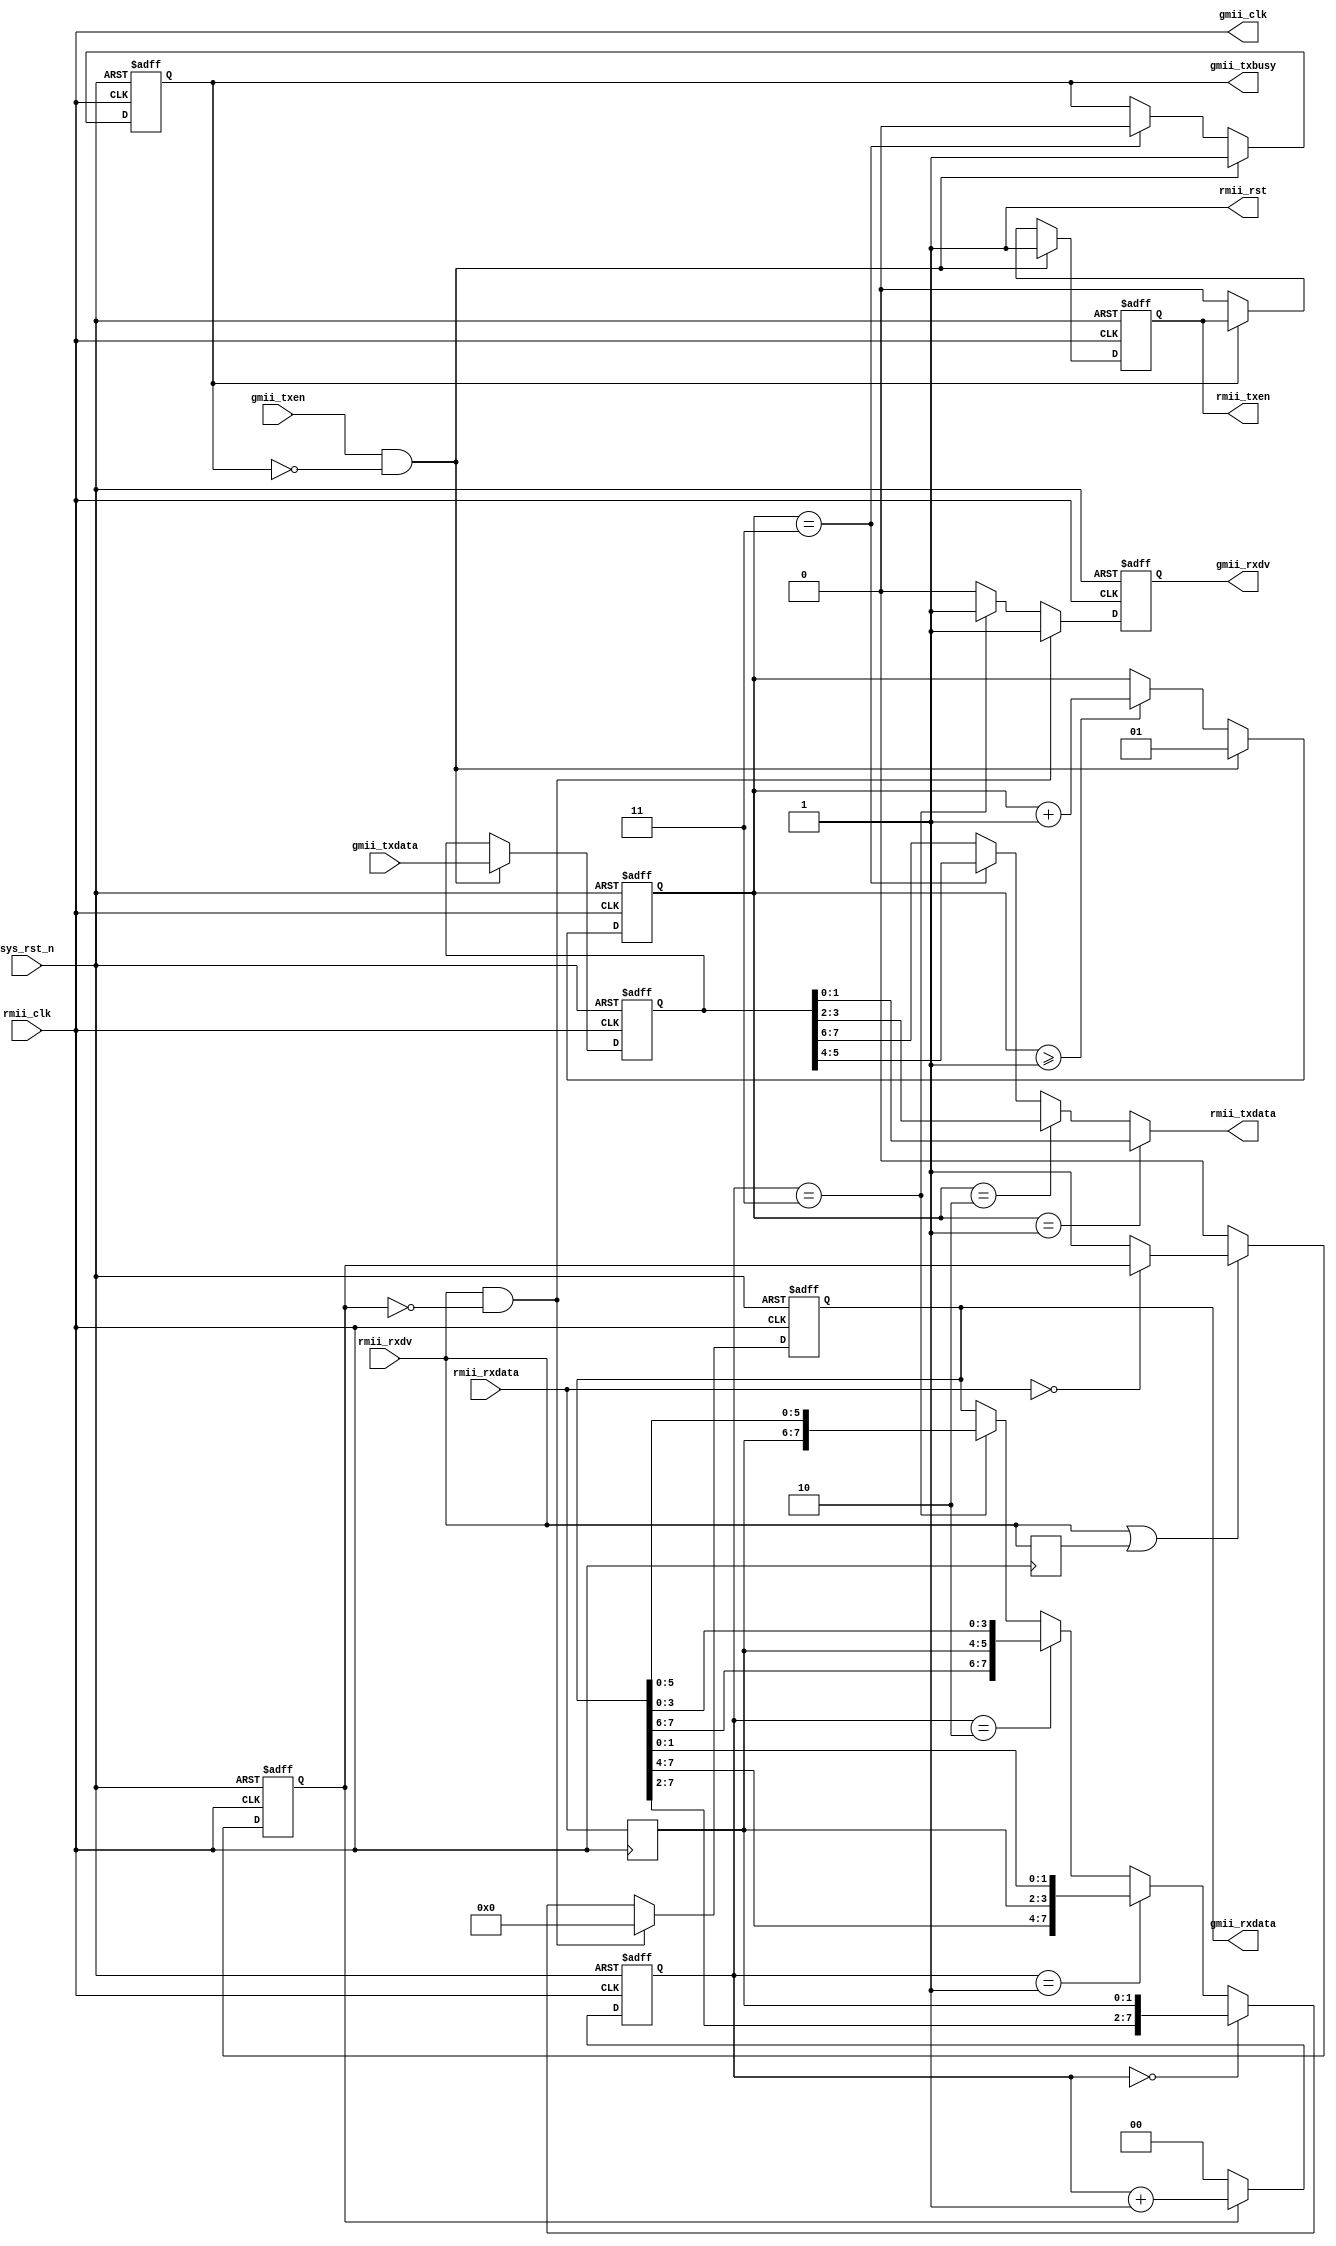
// create time:	2023/03/17 15:57
// edit time:	2023/03/22 16:21
// platform:	Cyclone ep4ce10f17i7,  board
// module:		rmii2gmii
// function:	ETH physical layer, physical rmii to virtual gmii in same clock domain. Rmii is used on physical board,
//				and gmii is used for FPGA logic data processing, so that gmii_clk is not important.
// version:		1.0
// history:		

module	rmii2gmii (
	input	wire						sys_rst_n,
	
	input	wire						rmii_clk,						// 50 MHz
	input	wire						rmii_rxdv,
	input	wire	[1:0]				rmii_rxdata,
	output	reg							rmii_txen,
	output	wire	[1:0]				rmii_txdata,
	output	wire						rmii_rst,
	
	output	wire						gmii_clk,
	output	reg							gmii_rxdv,
	output	reg		[7:0]				gmii_rxdata,
	input	wire						gmii_txen,
	input	wire	[7:0]				gmii_txdata,
	output	reg							gmii_txbusy
);

	reg									rmii_true_rxdv;
	reg		[1:0]						rmii_true_rxdata;
	reg		[1:0]						rx_data_cnt;
	reg		[1:0]						tx_data_cnt;
	reg		[7:0]						tx_data_r;
	reg 								rmii_rxdv_r1;

assign		gmii_clk					= rmii_clk;
assign		rmii_rst					= 1'b1;

// receive data
always @ ( posedge rmii_clk or negedge sys_rst_n ) begin
	if ( !sys_rst_n ) begin
		rmii_true_rxdv <= 1'b0;
	end else if ( !(rmii_rxdv || rmii_rxdv_r1)) begin
		rmii_true_rxdv <= 1'b0;
	end else if ( rmii_rxdata == 2'b0 ) begin							// before real data come, each package has a few 0 leaded
		rmii_true_rxdv <= rmii_true_rxdv;
	end else begin
		rmii_true_rxdv <= 1'b1;
	end
end

always @ ( posedge rmii_clk ) begin
	rmii_rxdv_r1 <= rmii_rxdv;
	rmii_true_rxdata <= rmii_rxdata;
end

always @ ( posedge rmii_clk or negedge sys_rst_n ) begin
	if ( !sys_rst_n ) begin
		rx_data_cnt <= 2'd0;
	end else if ( rmii_true_rxdv ) begin
		rx_data_cnt <= rx_data_cnt + 2'd1;
	end else begin
		rx_data_cnt <= 0;
	end
end

always @ ( posedge rmii_clk or negedge sys_rst_n ) begin
	if ( !sys_rst_n ) begin
		gmii_rxdv <= 1'b0;
	end else if ( rmii_rxdv && !rmii_true_rxdv ) begin					// before real data come, force bottom module to receive a few 0, return to IDLE state
		gmii_rxdv <= 1'b1;
	end else if ( rx_data_cnt == 2'd3 ) begin
		gmii_rxdv <= 1'b1;
	end else begin
		gmii_rxdv <= 1'b0;
	end
end

always @ ( posedge rmii_clk or negedge sys_rst_n ) begin
	if ( !sys_rst_n ) begin
		gmii_rxdata <= 8'h0;
	end else if ( rmii_rxdv && !rmii_true_rxdv ) begin
		gmii_rxdata <= 8'h0;
	end else if ( rx_data_cnt == 2'd0 ) begin
		gmii_rxdata <= { gmii_rxdata[7:2], rmii_true_rxdata };
	end else if ( rx_data_cnt == 2'd1 ) begin
		gmii_rxdata <= { gmii_rxdata[7:4], rmii_true_rxdata, gmii_rxdata[1:0] };
	end else if ( rx_data_cnt == 2'd2 ) begin
		gmii_rxdata <= { gmii_rxdata[7:6], rmii_true_rxdata, gmii_rxdata[3:0] };
	end else if ( rx_data_cnt == 2'd3 ) begin
		gmii_rxdata <= { rmii_true_rxdata, gmii_rxdata[5:0] };
	end else begin
		gmii_rxdata <= gmii_rxdata;
	end
end

// transform data
always @ ( posedge rmii_clk or negedge sys_rst_n ) begin
	if ( !sys_rst_n ) begin
		tx_data_cnt <= 2'd0;
	end else if ( gmii_txen && !gmii_txbusy ) begin
		tx_data_cnt <= 2'd1;
	end else if ( tx_data_cnt >= 2'd1 ) begin
		tx_data_cnt <= tx_data_cnt + 2'd1;
	end else begin
		tx_data_cnt <= tx_data_cnt;
	end
end

always @ ( posedge rmii_clk or negedge sys_rst_n ) begin
	if ( !sys_rst_n ) begin
		gmii_txbusy <= 1'b0;
	end else if ( gmii_txen && !gmii_txbusy ) begin
		gmii_txbusy <= 1'b1;
	end else if ( tx_data_cnt == 2'd3 ) begin
		gmii_txbusy <= 1'b0;
	end else begin
		gmii_txbusy <= gmii_txbusy;
	end
end

always @ ( posedge rmii_clk or negedge sys_rst_n ) begin
	if ( !sys_rst_n ) begin
		rmii_txen <= 1'b0;
	end else if ( gmii_txen && !gmii_txbusy ) begin
		rmii_txen <= 1'b1;
	end else if ( !gmii_txbusy ) begin
		rmii_txen <= 1'b0;
	end else begin
		rmii_txen <= rmii_txen;
	end
end

always @ ( posedge rmii_clk or negedge sys_rst_n ) begin
	if ( !sys_rst_n ) begin
		tx_data_r <= 8'h0;
	end else if ( gmii_txen && !gmii_txbusy ) begin
		tx_data_r <= gmii_txdata;
	end else begin
		tx_data_r <= tx_data_r;
	end
end

assign	rmii_txdata	=	( tx_data_cnt == 2'd1 ) ? tx_data_r[1:0] :
						( tx_data_cnt == 2'd2 ) ? tx_data_r[3:2] :
						( tx_data_cnt == 2'd3 ) ? tx_data_r[5:4] : tx_data_r[7:6];

endmodule